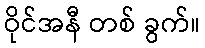
ဝိုင်အနီ တစ် ခွက်။